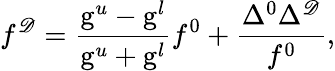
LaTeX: f^{{\cal\mathscr{D}}}=\frac{{\mathrm{{g}}^{u}-\mathrm{{g}}^{l}}}{{\mathrm{{g}}^{u}+\mathrm{{g}}^{l}}}f^{0}+\frac{{\Delta^{0}\Delta^{\cal\mathscr{D}}}}{{f^{0}}},